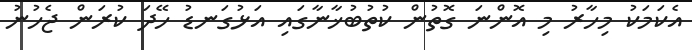
އެކަމަކު މިހާރު މި އޮންނަ ގޮތުން ކުތުބުޚާނާގައި އަޅުގަނޑު ހޭދަ ކުރަން ޖެހުނު